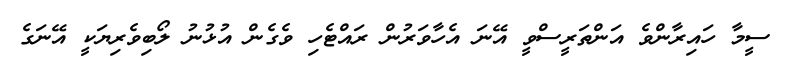
ސީމާ ހައިރާންވެ އަންތަރީސްވީ އޭނަ އެހާވަރުން ރައްޓެހި ވެގެން އުޅުނު ލޯބިވެރިޔަކީ އޭނަގެ